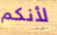
لأنكم